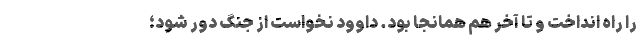
را راه انداخت و تا آخر هم همانجا بود. داوود نخواست از جنگ دور شود؛